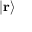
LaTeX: | \mathbf { r } \rangle